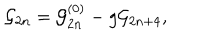
{ \cal G } _ { 2 n } = { \cal G } _ { 2 n } ^ { ( 0 ) } - g { \cal G } _ { 2 n + 4 } ,